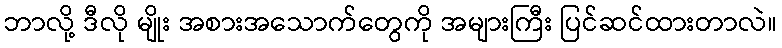
ဘာလို့ ဒီလို မျိုး အစားအသောက်တွေကို အများကြီး ပြင်ဆင်ထားတာလဲ။